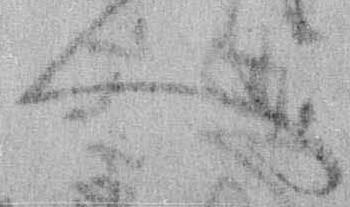
へ